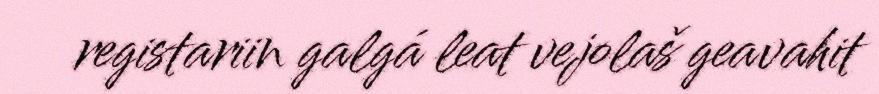
registariin galgá leat vejolaš geavahit